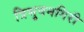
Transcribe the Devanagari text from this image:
त्रिभुवनगिरी